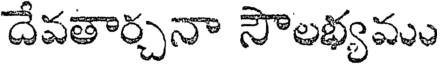
దేవతార్చనా సౌలభ్యము